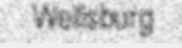
Wellsburg